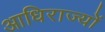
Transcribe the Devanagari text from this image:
आधिराज्यों